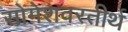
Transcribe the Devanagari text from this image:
सोमेशवरतीर्थ